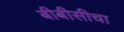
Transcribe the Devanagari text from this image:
बीबीसीचा